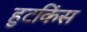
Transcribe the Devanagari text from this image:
हुटकिंस